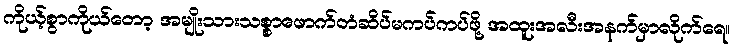
ကိုယ့်စွာကိုယ်တော့ အမျိုးသားသစ္စာဖောက်တံဆိပ်မကပ်ကပ်ဖို့ အထူးအလီးအနက်မှာလိုက်ရေ။